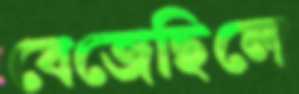
বেজেছিলে